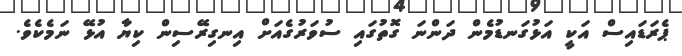
ޕެރަޑައިސް އަކީ އަޅުގަނޑުމެން ދަންނަ ގޮތުގައި ސުވަރުގެއަށް އިނގިރޭސިން ކިޔާ އުޅޭ ނަމެކެވެ.